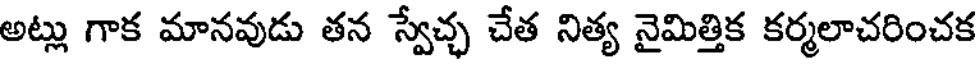
అట్లు గాక మానవుడు తన స్వేచ్చ చేత నిత్య నైమిత్తిక కర్మలాచరించక